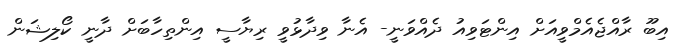
އިބޫ ރާއްޖެއެމްވީއަށް އިންޓަވިއު ދެއްވަނީ- އެނާ ވިދާޅުވީ ރިޔާސީ އިންތިހާބަށް ދާނީ ކޯލިޝަން